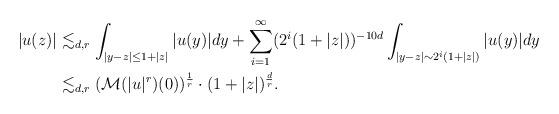
LaTeX: \begin{align*}|u(z)| & \lesssim_{d,r} \int_{|y-z|\le 1+|z|} |u(y)| dy + \sum_{i=1}^{\infty}(2^i(1+|z|))^{-10d} \int_{|y-z| \sim 2^{i} (1+|z|)} |u(y) | dy \\& \lesssim_{d,r} (\mathcal M(|u|^r)(0) )^{\frac 1 r} \cdot (1+|z|)^{\frac dr}.\end{align*}